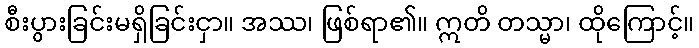
စီးပွားခြင်းမရှိခြင်းငှာ။ အဿ၊ ဖြစ်ရာ၏။ ဣတိ တသ္မာ၊ ထိုကြောင့်။